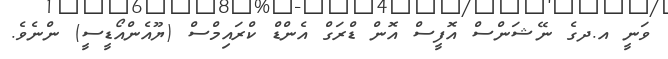
ވަނީ އ.ދގެ ނޭޝަންސް އޮފީސް އޮން ޑްރަގް އެންޑް ކްރައިމްސް (ޔޫއެންއޯޑީސީ) ންނެވެ.